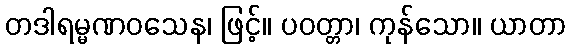
တဒါရမ္မဏဝသေန၊ ဖြင့်။ ပဝတ္တာ၊ ကုန်သော။ ယာတာ